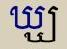
ឃ្ឃ